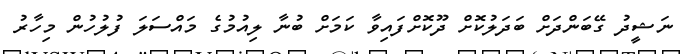
ނަޝީދު ގޭބަންދަށް ބަދަލުކޮށް ދޫކޮށްފައިވާ ކަމަށް ބުނާ ލިއުމުގެ މައްސަލަ ފުލުހުން މިހާރު